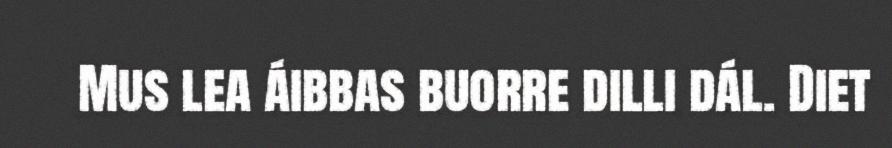
Mus lea áibbas buorre dilli dál. Diet